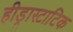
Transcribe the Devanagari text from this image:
हीड्रास्टाटिक